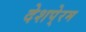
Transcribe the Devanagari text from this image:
देशपे्रम